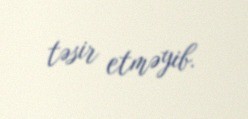
təsir etməyib.